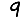
Digit: 9